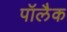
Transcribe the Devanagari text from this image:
पॉलैक